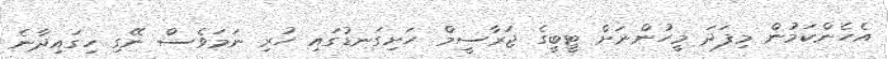
އެހެންކަމުން މިފަދަ މީހުންނަށް ޓީބީގެ ޖަރާސީމް ހަށިގަނޑުގައި ހުރި ނަމަވެސް ނޭގި ހިގައިދާނެ